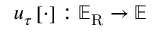
\boldsymbol { u } _ { \u { \tau } } \left[ \cdot \right] : \mathbb { E } _ { \mathrm { R } } \rightarrow \mathbb { E }